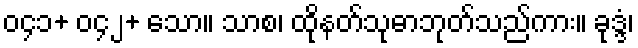
၀၄၁+ ၀၄၂+ သော။ သာစ၊ ထိုနတ်သုဓာဘုတ်သည်ကား။ ခုဒ္ဒံ၊